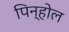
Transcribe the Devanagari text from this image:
पिन्होल